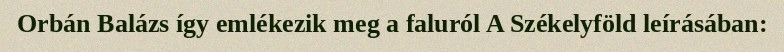
Orbán Balázs így emlékezik meg a faluról A Székelyföld leírásában: